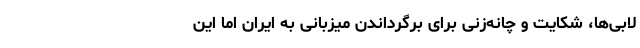
لابی‌ها، شکایت و چانه‌زنی برای برگرداندن میزبانی به ایران اما این